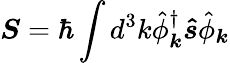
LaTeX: {\boldsymbol{S}}=\hbar\int d^{3}k{\hat{\phi}}_{\boldsymbol{k}}^{\dagger}{\boldsymbol{\hat{s}}}{\hat{\phi}}_{\boldsymbol{k}}